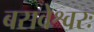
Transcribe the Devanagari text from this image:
बसवेश्वरः